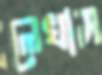
লেখাস